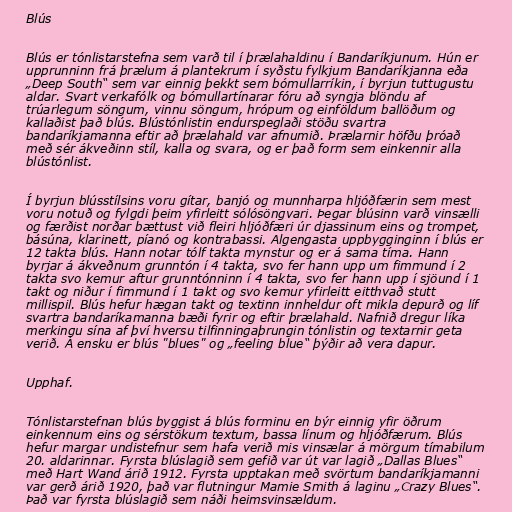
Blús

Blús er tónlistarstefna sem varð til í þrælahaldinu í Bandaríkjunum. Hún er
upprunninn frá þrælum á plantekrum í syðstu fylkjum Bandaríkjanna eða
„Deep South“ sem var einnig þekkt sem bómullarríkin, í byrjun tuttugustu
aldar. Svart verkafólk og bómullartínarar fóru að syngja blöndu af
trúarlegum söngum, vinnu söngum, hrópum og einföldum ballöðum og
kallaðist það blús. Blústónlistin endurspeglaði stöðu svartra
bandaríkjamanna eftir að þrælahald var afnumið. Þrælarnir höfðu þróað
með sér ákveðinn stíl, kalla og svara, og er það form sem einkennir alla
blústónlist.

Í byrjun blússtílsins voru gítar, banjó og munnharpa hljóðfærin sem mest
voru notuð og fylgdi þeim yfirleitt sólósöngvari. Þegar blúsinn varð vinsælli
og færðist norðar bættust við fleiri hljóðfæri úr djassinum eins og trompet,
básúna, klarinett, píanó og kontrabassi. Algengasta uppbygginginn í blús er
12 takta blús. Hann notar tólf takta mynstur og er á sama tíma. Hann
byrjar á ákveðnum grunntón í 4 takta, svo fer hann upp um fimmund í 2
takta svo kemur aftur grunntónninn í 4 takta, svo fer hann upp í sjöund í 1
takt og niður í fimmund í 1 takt og svo kemur yfirleitt eitthvað stutt
millispil. Blús hefur hægan takt og textinn innheldur oft mikla depurð og líf
svartra bandaríkamanna bæði fyrir og eftir þrælahald. Nafnið dregur líka
merkingu sína af því hversu tilfinningaþrungin tónlistin og textarnir geta
verið. Á ensku er blús "blues" og „feeling blue“ þýðir að vera dapur.

Upphaf.

Tónlistarstefnan blús byggist á blús forminu en býr einnig yfir öðrum
einkennum eins og sérstökum textum, bassa línum og hljóðfærum. Blús
hefur margar undistefnur sem hafa verið mis vinsælar á mörgum tímabilum
20. aldarinnar. Fyrsta blúslagið sem gefið var út var lagið „Dallas Blues“
með Hart Wand árið 1912. Fyrsta upptakan með svörtum bandaríkjamanni
var gerð árið 1920, það var flutningur Mamie Smith á laginu „Crazy Blues“.
Það var fyrsta blúslagið sem náði heimsvinsældum.